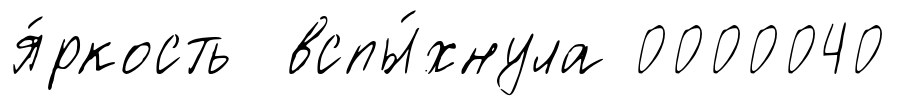
я́ркость вспы́хнула 0000040